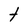
Character: t